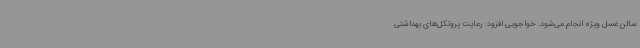
سالن غسل ویژه انجام می‌شود. خواجویی افزود: رعایت پروتکل‌های بهداشتی